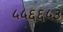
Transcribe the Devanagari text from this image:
५५६६५३